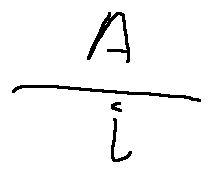
\frac { A } { i }